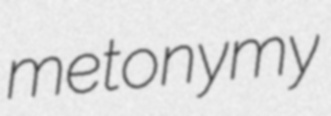
metonymy